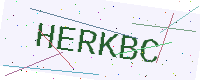
Text: HERKBC